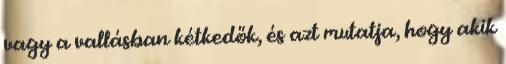
vagy a vallásban kétkedők, és azt mutatja, hogy akik